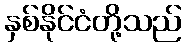
နှစ်နိုင်ငံတို့သည်